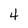
Character: 4